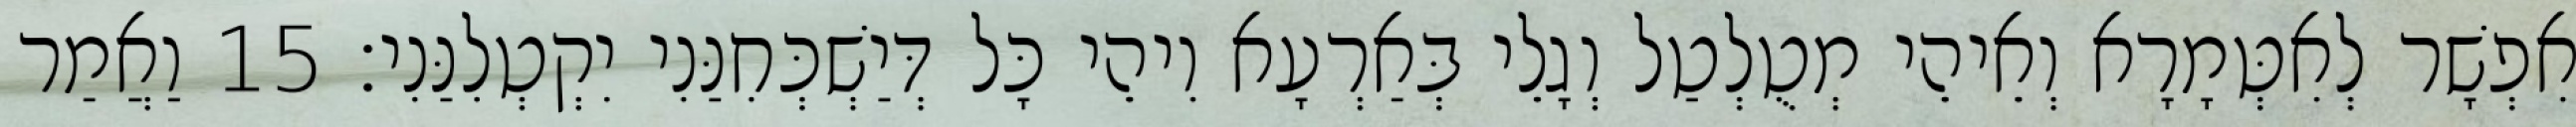
אִפְשָׁר לְאִטְּמָרָא וְאֵיהֵי מְטֻלְטַל וְגָלֵי בְּאַרְעָא וִיהֵי כָּל דְּיַשְׁכְּחִנַּנִי יִקְטְלִנַּנִי׃ 15 וַאֲמַר